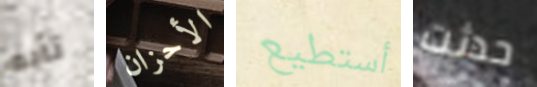
تأبه الأحزان أستطيع حدثت